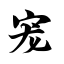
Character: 宠